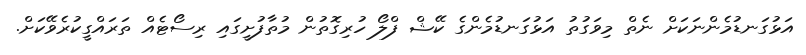
އަޅުގަނޑުމެންނަކަށް ނެތް މިވަގުތު އަޅުގަނޑުމެންގެ ކޭޝް ފްލޯ ހުރިގޮތުން މުތާފުށީގައި ރިސޯޓެއް ތަރައްގީކުރެވޭކަށް.